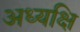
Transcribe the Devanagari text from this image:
अध्यक्षि